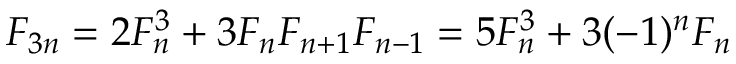
F _ { 3 n } = 2 F _ { n } ^ { 3 } + 3 F _ { n } F _ { n + 1 } F _ { n - 1 } = 5 F _ { n } ^ { 3 } + 3 ( - 1 ) ^ { n } F _ { n }